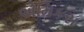
એમિકસ